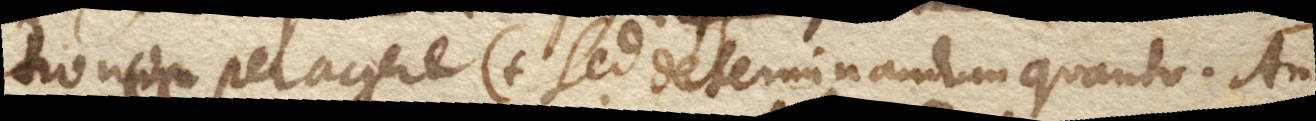
tiones peragere. (+ Sed determinandum quanto. An